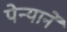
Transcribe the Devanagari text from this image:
पेन्याने